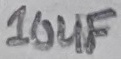
Text: 10UF